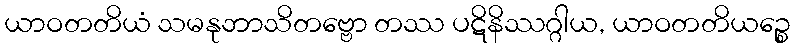
ယာဝတတိယံ သမနုဘာသိတဗ္ဗော တဿ ပဋိနိဿဂ္ဂါယ, ယာဝတတိယဉ္စေ